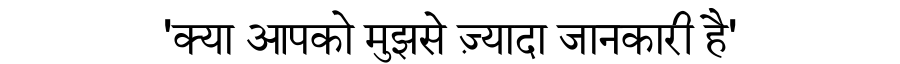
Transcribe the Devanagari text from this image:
'क्या आपको मुझसे ज़्यादा जानकारी है'